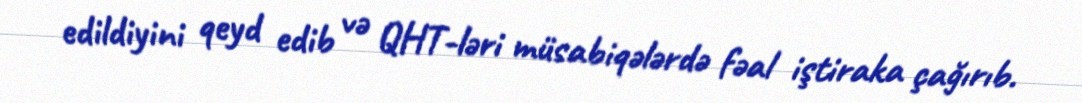
edildiyini qeyd edib və QHT-ləri müsabiqələrdə fəal iştiraka çağırıb.